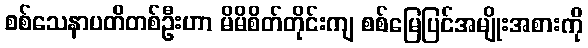
စစ်သေနာပတိတစ်ဦးဟာ မိမိစိတ်တိုင်းကျ စစ်မြေပြင်အမျိုးအစားကို